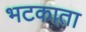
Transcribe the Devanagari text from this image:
भटकाता